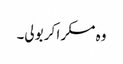
وہ مسکرا کر بولی۔